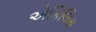
એકિલિસ